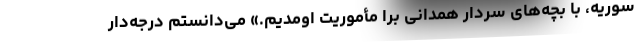
سوریه، با بچه‌های سردار همدانی برا مأموریت اومدیم.» می‌دانستم درجه‌دار